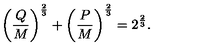
\left( { \frac { Q } { M } } \right) ^ { \frac { 2 } { 3 } } + \left( { \frac { P } { M } } \right) ^ { \frac { 2 } { 3 } } = 2 ^ { \frac { 2 } { 3 } } .